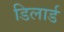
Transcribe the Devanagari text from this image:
डिलार्ड